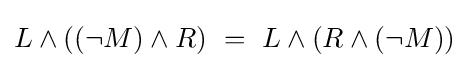
L\land ((\lnot M)\land R)~=~L\land (R\land (\lnot M))